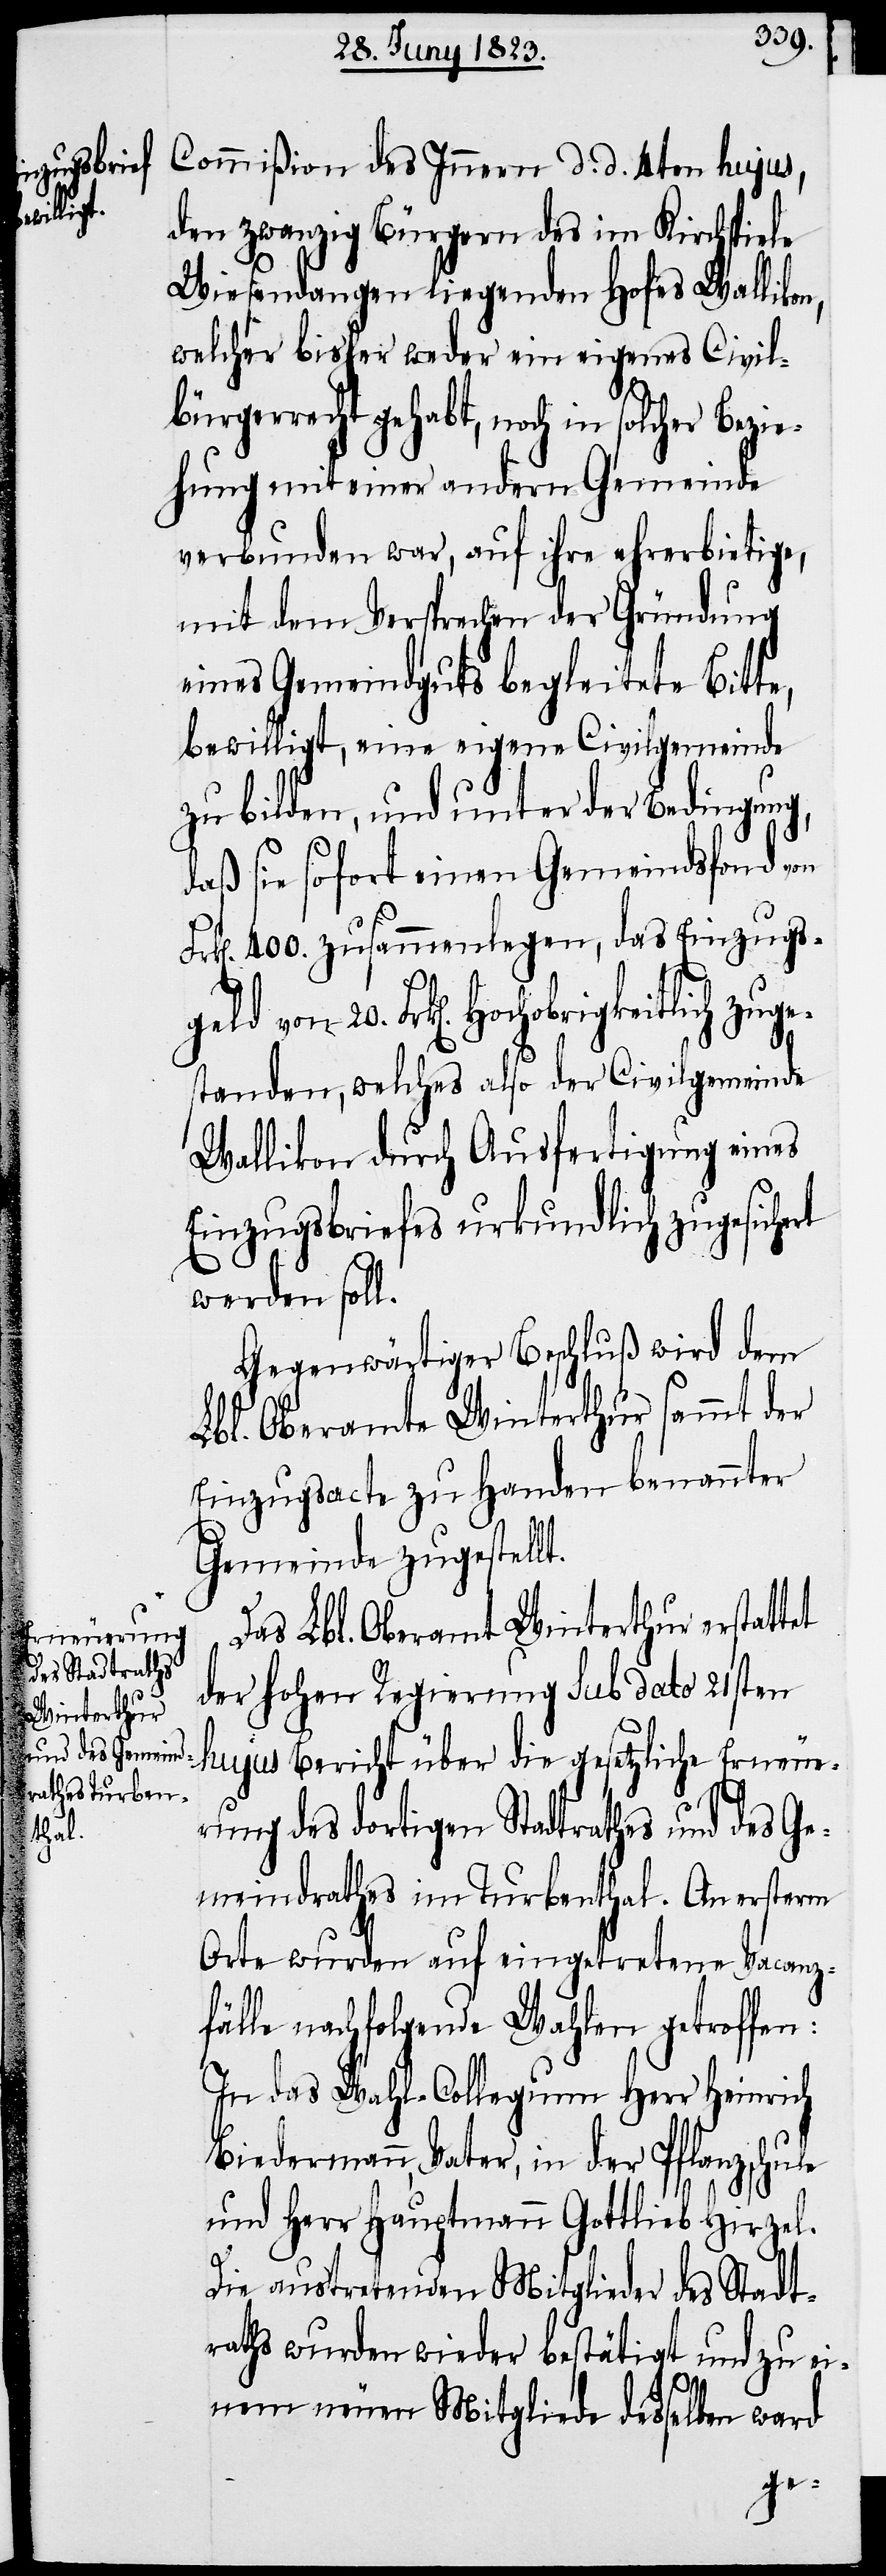
Bezie¬

Commißion des Innern d. d. 4ten hujus,
den zwanzig Bürgern des im Kirchspiele
Wiesendangen liegenden Hofes Wallikon,
welcher bisher weder ein eigenes Civil¬
bürgerrecht gehabt, noch in solcher
hung mit einer andern Gemeinde
verbunden war, auf ihre ehrerbietige,
mit dem Versprechen der Gründung
eines Gemeindguts begleitete Bitte,
bewilligt, eine eigene Civilgemeinde
zu bilden, und unter der Bedingung,
daß sie sofort einen Gemeindsfond von
k[en]. 400. zusammenlegen, das Einzugs¬
Frk[en]. Hochobrigkeitlich zuge¬
standen, welches also der Civilgemeinde
Wallikon durch Ausfertigung eines
Einzugsbriefes urkundlich zugesichert
werden soll.
Gegenwärtiger Beschluß wird dem
Lbl. Oberamte Winterthur sammt der
Einzugsacte zu Handen benannter
Gemeinde zugestellt.
Das Lbl. Oberamt Winterthur erstattet
der hohen Regierung sub dato 21sten
hujus Bericht über die gesetzliche Erneue¬
rung des dortigen Stadtrathes und des Ge¬
meindrathes im Turbenthal. An ersterm
Orte wurden auf eingetretene Vacanz¬
fälle nachfolgende Wahlen getroffen:
In das Wahl-Collegium Herr Heinrich
Biedermann, Vater, in der Pflanzschule
und Herr Hauptmann Gottlieb Hirzel.
Die austretenden Mitglieder des Stadt¬
raths wurden wieder bestätigt und zu ei¬
nem neuen Mitgliede desselben ward
geld